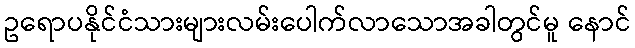
ဥရောပနိုင်ငံသားများလမ်းပေါက်လာသောအခါတွင်မူ နောင်